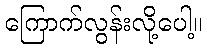
ကြောက်လွန်းလို့ပေါ့။